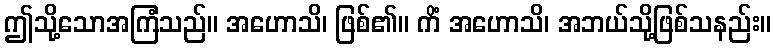
ဤသို့သောအကြံသည်။ အဟောသိ၊ ဖြစ်၏။ ကိံ အဟောသိ၊ အဘယ်သို့ဖြစ်သနည်း။